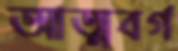
আত্মবর্গ